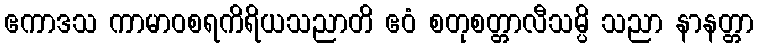
ဧကာဒသ ကာမာဝစရကိရိယသညာတိ ဧဝံ စတုစတ္တာလီသမ္ပိ သညာ နာနတ္တာ